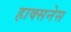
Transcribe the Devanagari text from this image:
हाक्सनेस